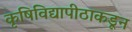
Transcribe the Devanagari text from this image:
कृषिविद्यापीठाकडून